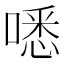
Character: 㗭